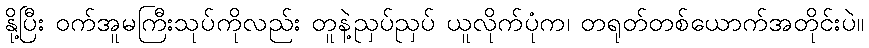
နို့ပြီး ဝက်အူမကြီးသုပ်ကိုလည်း တူနဲ့ညှပ်ညှပ် ယူလိုက်ပုံက၊ တရုတ်တစ်ယောက်အတိုင်းပဲ။